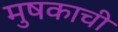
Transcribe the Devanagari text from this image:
मुषकाची